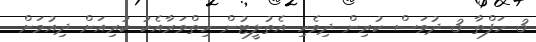
3 ހަފްތާ 3 ދުވަސް ކުރިން ދިވެހި އެތުލީޓުން ހިތްވަރާއެކު ކުރިއަށް ދިއުމަށް